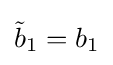
{\tilde {b}}_{1}=b_{1}